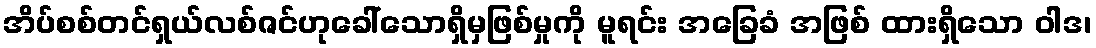
အိပ်စစ်တင်ရှယ်လစ်ဇင်ဟုခေါ်သောရှိမှဖြစ်မှုကို မူရင်း အခြေခံ အဖြစ် ထားရှိသော ဝါဒ၊